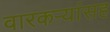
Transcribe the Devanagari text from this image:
वारकऱ्यांसह